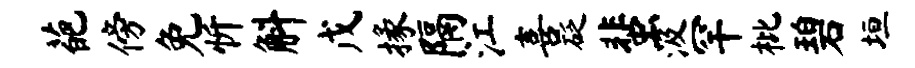
葩傍免忻斛戊掾隔江喜砭蜚汲罕枇碧垣